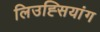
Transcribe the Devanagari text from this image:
लिउह्सियांग